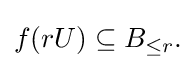
{\textstyle f(rU)\subseteq B_{\leq r}.}